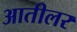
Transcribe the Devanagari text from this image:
आतीलर